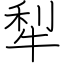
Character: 犁